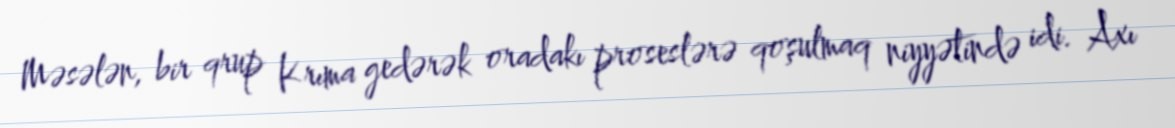
Məsələn, bir qrup Krıma gedərək oradakı proseslərə qoşulmaq niyyətində idi. Axı